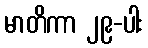
မာတိကာ ၂၉-ပါး